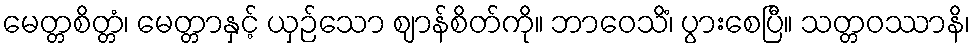
မေတ္တစိတ္တံ၊ မေတ္တာနှင့် ယှဉ်သော ဈာန်စိတ်ကို။ ဘာဝေသိံ၊ ပွားစေပြီ။ သတ္တဝဿာနိ၊